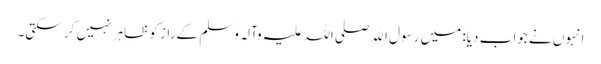
انہوں نے جواب دیا: میں رسول اﷲ صلی اللہ علیہ وآلہ وسلم کے راز کو ظاہر نہیں کر سکتی۔